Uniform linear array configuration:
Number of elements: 48
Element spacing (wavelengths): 1
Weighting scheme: binomial
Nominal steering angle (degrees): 30
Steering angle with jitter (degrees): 28.681
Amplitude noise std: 0.05
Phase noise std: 0.05

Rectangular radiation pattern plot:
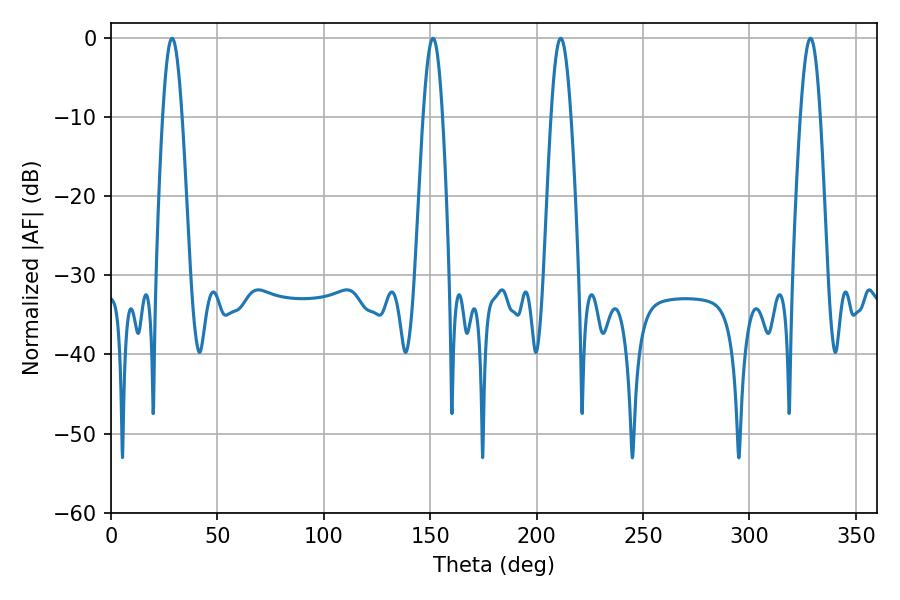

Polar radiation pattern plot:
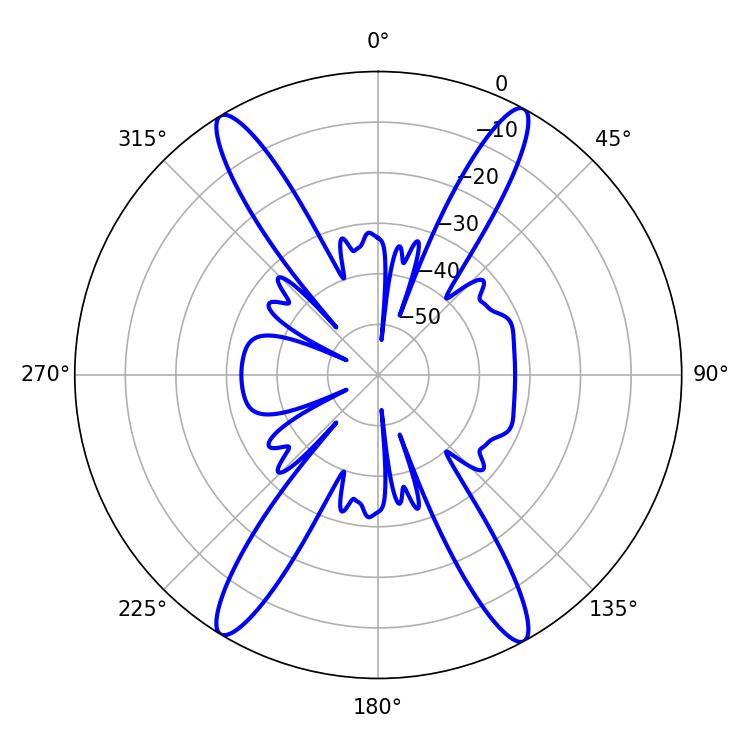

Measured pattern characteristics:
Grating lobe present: TRUE
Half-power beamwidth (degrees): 5.04
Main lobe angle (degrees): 211.32